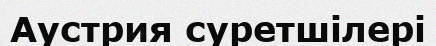
Аустрия суретшілері